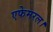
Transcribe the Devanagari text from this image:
एफेमरल।